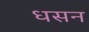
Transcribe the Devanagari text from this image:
धसन